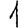
Digit: 1